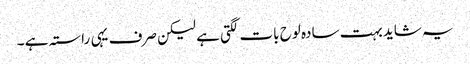
یہ شاید بہت سادہ لوح بات لگتی ہے لیکن صرف یہی راستہ ہے ۔